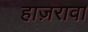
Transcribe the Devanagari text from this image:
हाज़रावा